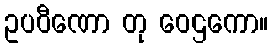
ဥပဝီဏော တု ဝေဌကော။